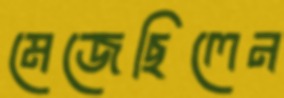
মেজেছিলেন